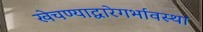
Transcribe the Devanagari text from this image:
खेचण्याद्वारेगर्भावस्था